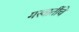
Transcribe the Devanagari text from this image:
मस्वातींचे